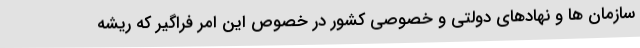
سازمان ها و نهادهاي دولتي و خصوصي کشور در خصوص اين امر فراگیر که ریشه